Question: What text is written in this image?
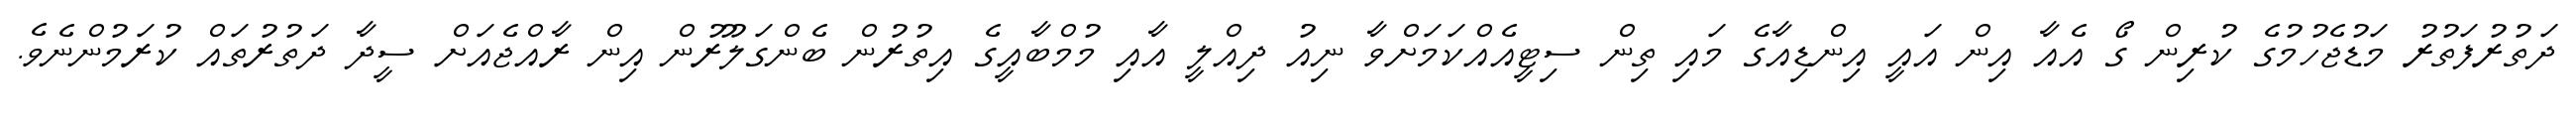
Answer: ދަތުރުފަތުރު މަޑުޖެހުމުގެ ކުރިން ގޯ އެއާ އިން އައީ އިންޑިއާގެ މައި ތިން ސިޓީއެއްކަމަށްވާ ނިއު ދިއްލީ އާއި މުމްބާއީގެ އިތުރުން ބެންގަލޫރުން އިން ރާއްޖެއަށް ސީދާ ދަތުރުތައް ކުރަމުންނެވެ.